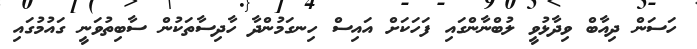
ހަސަން ދިއާބް ވިދާޅުވީ ލުބްނާންގައި ފަހަކަށް އައިސް ހިނގަމުންދާ ހާދިސާތަކުން ސާބިތުވަނީ ގައުމުގައި